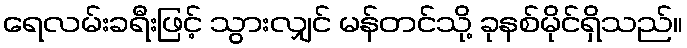
ရေလမ်းခရီးဖြင့် သွားလျှင် မန်တင်သို့ ခုနစ်မိုင်ရှိသည်။